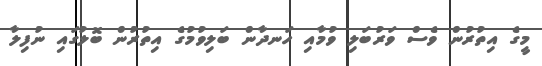
މީގެ އިތުރުން ވެސް ވަރުބަލި ވުމާއި ހަނދާން ބަލިވުމުގެ އިތުރުން ބޮލުގައި ނުފިލާ